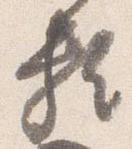
頼